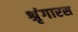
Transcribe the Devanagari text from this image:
श्रृंगारस